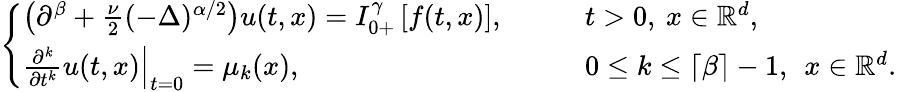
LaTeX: \begin{array}{r}{\left\{ \begin{array}{ll}{\left(\partial^{\beta}+\frac{\nu}{2}(-\Delta)^{\alpha/2}\right)u(t,x)=I_{0+}^{\gamma}\left[f(t,x)\right],}&{\qquad t>0,\: x\in\mathbb{R}^{d},}\\ {\left.\frac{\partial^{k}}{\partial t^{k}}u(t,x)\right|_{t=0}=\mu_{k}(x),}&{\qquad 0\le k\le\left\lceil\beta\right\rceil-1,\: \: x\in\mathbb{R}^{d}.}\end{array}\right.}\end{array}